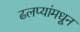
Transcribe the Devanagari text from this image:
ढलप्यांमधून